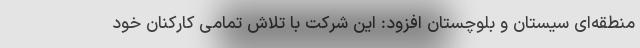
منطقه‌ای سیستان و بلوچستان افزود: این شرکت با تلاش تمامی کارکنان خود